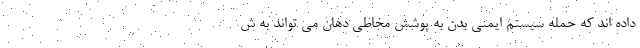
داده اند که حمله سیستم ایمنی بدن به پوشش مخاطی دهان می تواند به ش